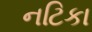
નટિકા